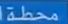
محطّة